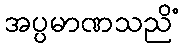
အပ္ပမာဏသညိံ